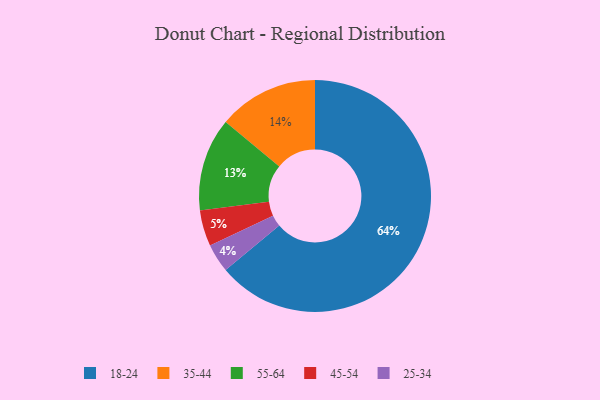
{"axis": {"x": "Category", "y": "Percentage"}, "legend": ["18-24", "25-34", "35-44", "45-54", "55-64"], "data": [{"x": "45-54", "y": 5, "type": "45-54"}, {"x": "35-44", "y": 14, "type": "35-44"}, {"x": "18-24", "y": 64, "type": "18-24"}, {"x": "55-64", "y": 13, "type": "55-64"}, {"x": "25-34", "y": 4, "type": "25-34"}]}